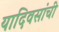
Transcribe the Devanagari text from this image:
यादिवसांची